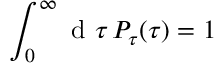
\int _ { 0 } ^ { \infty } \mathrm { ~ d ~ } \tau \, P _ { \tau } ( \tau ) = 1